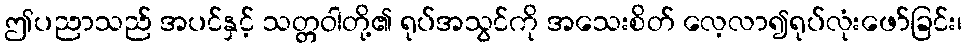
ဤပညာသည် အပင်နှင့် သတ္တဝါတို့၏ ရုပ်အသွင်ကို အသေးစိတ် လေ့လာ၍ရုပ်လုံးဖော်ခြင်း၊